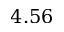
4 . 5 6